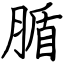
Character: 腯